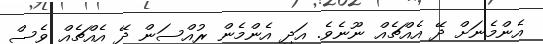
އެންމެނަށް ދޭ އެއްޗެއް ނޫނެވެ. އަދި އެންމެން ރުއްސަން ދޭ އެއްޗެއް ވެސް